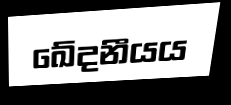
ඛේදනීයය